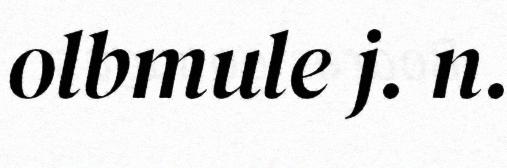
olbmule j. n.